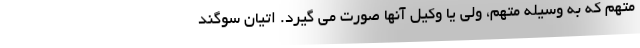
متهم که به وسیله متهم، ولی یا وکیل آنها صورت می گیرد. اتیان سوگند